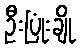
ဦးပြုံးချို